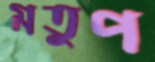
মতুপ